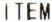
ITEM